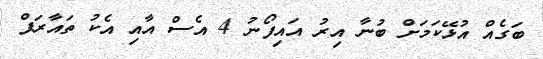
ބަގެއް އުޅޭކަމަށް ބުނާ އިރު އައިފޯނު 4 އެސް އާއި އެކު ތައާރަފް